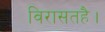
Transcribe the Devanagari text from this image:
विरासतहै।